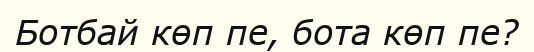
Ботбай көп пе, бота көп пе?